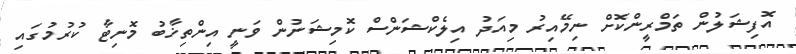
އޮފިޝަލުން ތަމްރީންކޮށް ނިމޭއިރު މިއަދު އިލެކްޝަންސް ކޮމިޝަނުން ވަނީ އިންތިޚާބު މޮނިޓާ ކުރުމުގައި